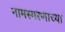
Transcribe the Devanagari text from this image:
नामस्मरणाच्या